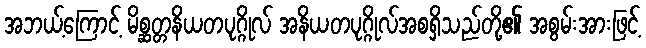
အဘယ့်ကြောင့် မိစ္ဆတ္တနိယတပုဂ္ဂိုလ် အနိယတပုဂ္ဂိုလ်အစရှိသည်တို့၏ အစွမ်းအားဖြင့်